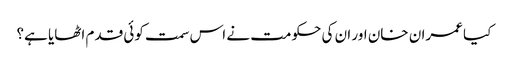
کیا عمران خان اور ان کی حکومت نے اس سمت کوئی قدم اٹھایا ہے؟